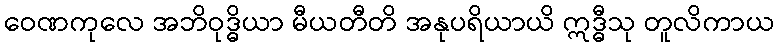
ဝေဏကုလေ အဘိဝုဒ္ဓိယာ မီယတီတိ အနုပရိယာယိ ဣဒ္ဓီသု တူလိကာယ